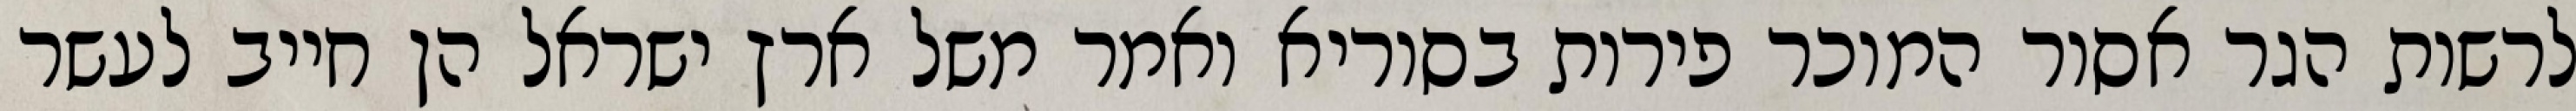
לרשות הגר אסור המוכר פירות בסוריא ואמר משל ארץ ישראל הן חייב לעשר